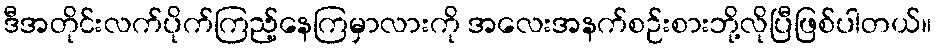
ဒီအတိုင်းလက်ပိုက်ကြည့်နေကြမှာလားကို အလေးအနက်စဉ်းစားဘို့လိုပြီဖြစ်ပါတယ်။